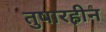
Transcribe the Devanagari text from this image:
तुषारहीन